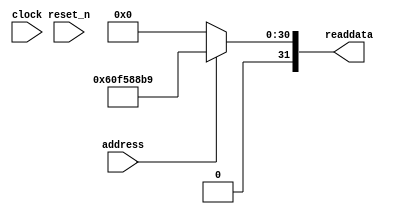
module hello_world_sysid_qsys (
               // inputs:
                address,
                clock,
                reset_n,

               // outputs:
                readdata
             )
;

  output  [ 31: 0] readdata;
  input            address;
  input            clock;
  input            reset_n;

  wire    [ 31: 0] readdata;
  //control_slave, which is an e_avalon_slave
  assign readdata = address ? 1626704057 : 0;

endmodule